Civil Veterinary Dept. Bombay admin report 1914-1922 - 1914-1922
Year: 1914
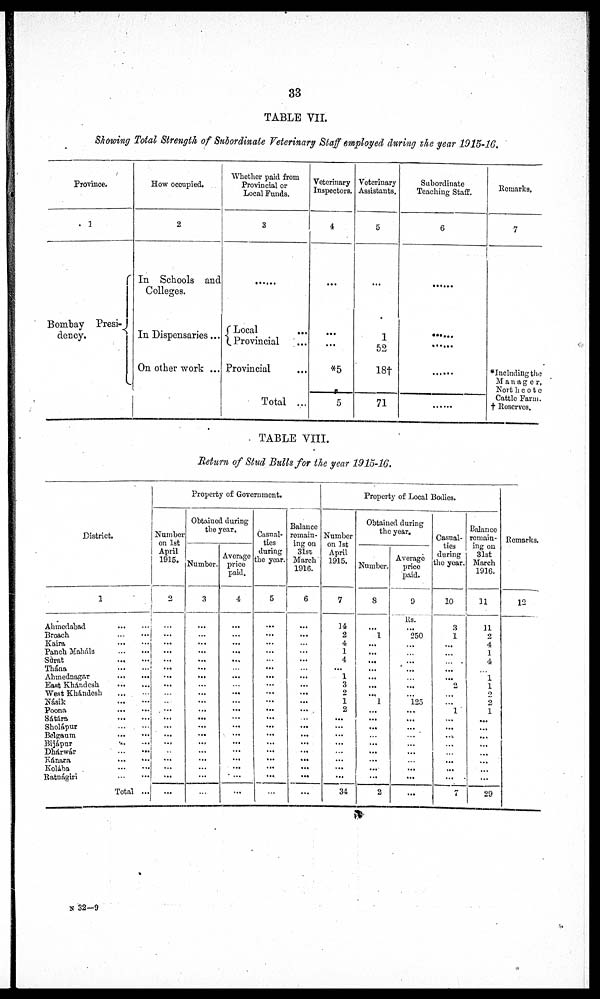
33
TABLE VII.
Showing Total Strength of Subordinate Veterinary Staff employed during the year 1915-16.
Province.
1
Bombay Presi¬
dency.
How occupied.
2
In Schools and
Colleges.
In Dispensaries ...
On other work ...
Whether paid from
Provincial or
Local Funds.
3
......
Local
...
Provincial
...
Provincial ...
Total ...
Veterinary
Inspectors.
4
...
...
...
*5
5
Veterinary
Assistants.
5
...
1
52
18†
71
Subordinate
Teaching Staff.
6
......
......
......
......
......
Remarks.
7
*Including the
Manager,
Northcote
Cattle Farm.
† Reserves.
TABLE VIII.
Return of Stud Bulls for the year 1915-16.
District.
1
Ahmedabad ... ...
Broach ... ...
Kaira ... ...
Panch Maháls ... ...
Surat ... ...
Thána ... ...
Ahmednagar ... ...
East Khándesh ... ...
West Khándesh ... ...
Násik ... ...
Poona ... ...
Sátára ... ...
Sholápur ... ...
Belgaum ... ...
Bijápur ... ...
Dhárwár ... ...
Kánara ... ...
Kolába ... ...
Ratnágiri ... ...
Total ...
Property of Government.
Number
on 1st
April
1915.
2
...
...
...
...
...
...
...
...
...
...
...
...
...
...
...
...
...
...
...
...
Obtained during
the year.
Number.
3
...
...
...
...
...
...
...
...
...
...
...
...
...
...
...
...
...
...
...
...
Average
price
paid.
4
...
...
...
...
...
...
...
...
...
...
...
...
...
...
...
... ...
...
...
...
Casual-
ties
during
the year.
5
...
...
...
...
...
...
...
...
...
...
...
...
...
...
...
...
...
...
...
...
Balance
remain-
ing on
31st
March
1916.
6
...
...
...
...
...
...
...
...
...
...
...
...
...
...
...
...
...
...
...
...
Property of Local Bodies.
Number
on 1st
April
1915.
7
14
2
4
1
4
...
1
3
2 1
2
...
...
...
...
...
...
...
...
34
Obtained during
the year.
Number.
8
...
1
...
...
...
...
...
...
...
1
...
...
...
...
...
...
...
...
2
Average
price
paid.
9
Rs.
250
...
...
...
...
...
...
125
...
...
...
...
...
...
...
...
...
...
Casual¬
ties
during
the year.
10
3
1
...
...
...
...
...
...
...
...
1
...
...
...
...
...
...
...
...
7
Balance
remain-
ing on
31st
March
1916.
11
11
2
4
1
4
...
1
1
2
2
1
...
...
...
...
...
...
...
...
29
Remarks.
12
N 32-9